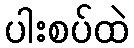
ပါးစပ်ထဲ